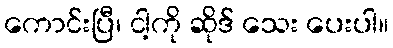
ကောင်းပြီ၊ ငါ့ကို ဆိုဒ် သေး ပေးပါ။